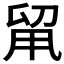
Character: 𠝈